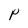
Character: P